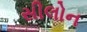
સીલોન